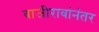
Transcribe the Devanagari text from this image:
बाजीरावांनंतर